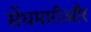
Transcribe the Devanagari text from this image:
सेंधमारीऔर